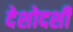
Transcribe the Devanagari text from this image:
देशोदशी